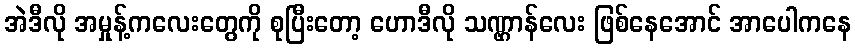
အဲဒီလို အမှုန့်ကလေးတွေကို စုပြီးတော့ ဟောဒီလို သဏ္ဌာန်လေး ဖြစ်နေအောင် အာပေါကနေ